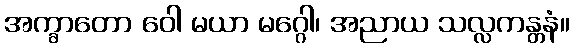
အက္ခာတော ဝေါ မယာ မဂ္ဂေါ၊ အညာယ သလ္လကန္တနံ။